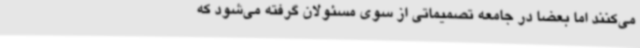
می‌کنند اما بعضاً در جامعه تصمیماتی از سوی مسئولان گرفته می‌شود که